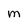
Character: m